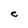
Character: e